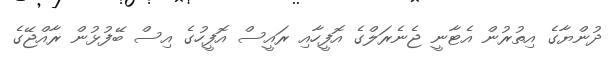
ދުންޔާގެ އިތުރުން އެޓާނީ ޖެނެރަލްގެ އޮފީހާއި ރައީސް އޮފީހުގެ އިސް ބޭފުޅުން ރާއްޖޭގެ